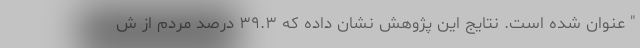
" عنوان شده است. نتایج این پژوهش نشان داده که ۳۹.۳ درصد مردم از ش